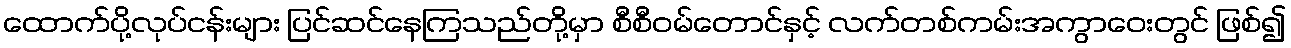
ထောက်ပို့လုပ်ငန်းများ ပြင်ဆင်နေကြသည်တို့မှာ စီစီဝမ်တောင်နှင့် လက်တစ်ကမ်းအကွာဝေးတွင် ဖြစ်၍